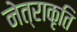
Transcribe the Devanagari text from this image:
नेत्राकृति